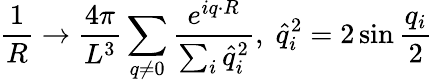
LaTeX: \frac{1}{R}\rightarrow\frac{4\pi}{L^{3}}\sum_{q\not=0}\frac{e^{iq\cdot R}}{\sum_{i}\hat{q}_{i}^{2}},\; \hat{q}_{i}^{2}=2\sin\frac{q_{i}}{2}